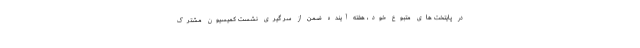
در پایتخت های متبوع خود، هفته آینده ضمن از سر گیری نشست کمیسیون مشترک